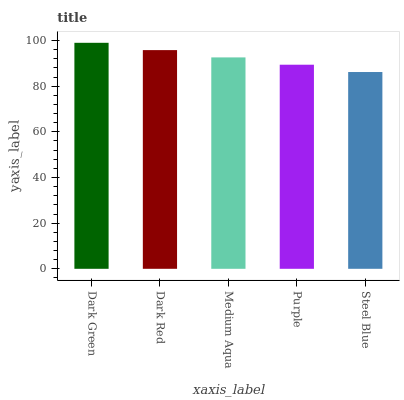
| xaxis_label | bars |
 | --- | --- |
 | Dark Green | 99 |
 | Dark Red | 95.8 |
 | Medium Aqua | 92.6 |
 | Purple | 89.4 |
 | Steel Blue | 86.2 |